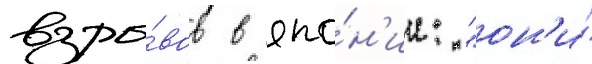
взры́вов в япо́н'ии: "он'и́